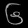
Digit: ၆